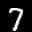
Label: 7